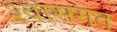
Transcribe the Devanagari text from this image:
श्वासगत